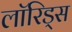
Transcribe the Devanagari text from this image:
लॉरिड्स